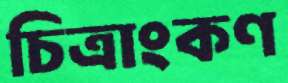
চিত্রাংকণ